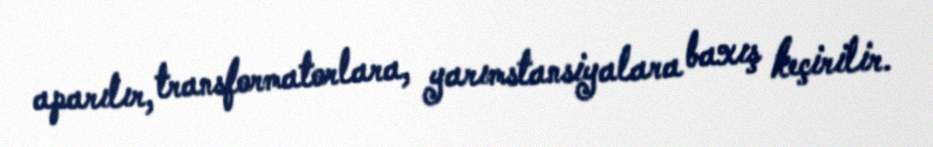
aparılır, transformatorlara, yarımstansiyalara baxış keçirilir.